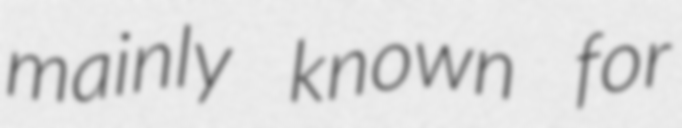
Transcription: mainly known for